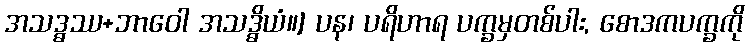
အသဒ္ဓဿ+ဘာဝေါ အသဒ္ဓိယံ။] ပန၊ ပရိဟာရ ပက္ခမှတစ်ပါး, စောဒကပက္ခကို